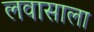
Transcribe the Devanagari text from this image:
लवासाला